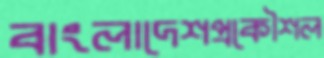
বাংলাদেশপ্রকৌশল